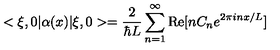
< \xi , 0 | \alpha ( x ) | \xi , 0 > = { \frac { 2 } { \hbar L } } \sum _ { n = 1 } ^ { \infty } \mathrm { R e } [ n C _ { n } e ^ { 2 \pi i n x / L } ]